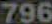
796